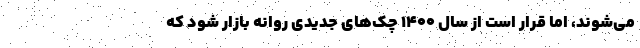
می‌شوند، اما قرار است از سال ۱۴۰۰ چک‌های جدیدی روانه بازار شود که